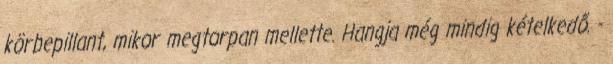
körbepillant, mikor megtorpan mellette. Hangja még mindig kételkedő. -